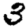
Digit: 3